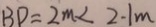
B D = 2 m < 2 - 1 m